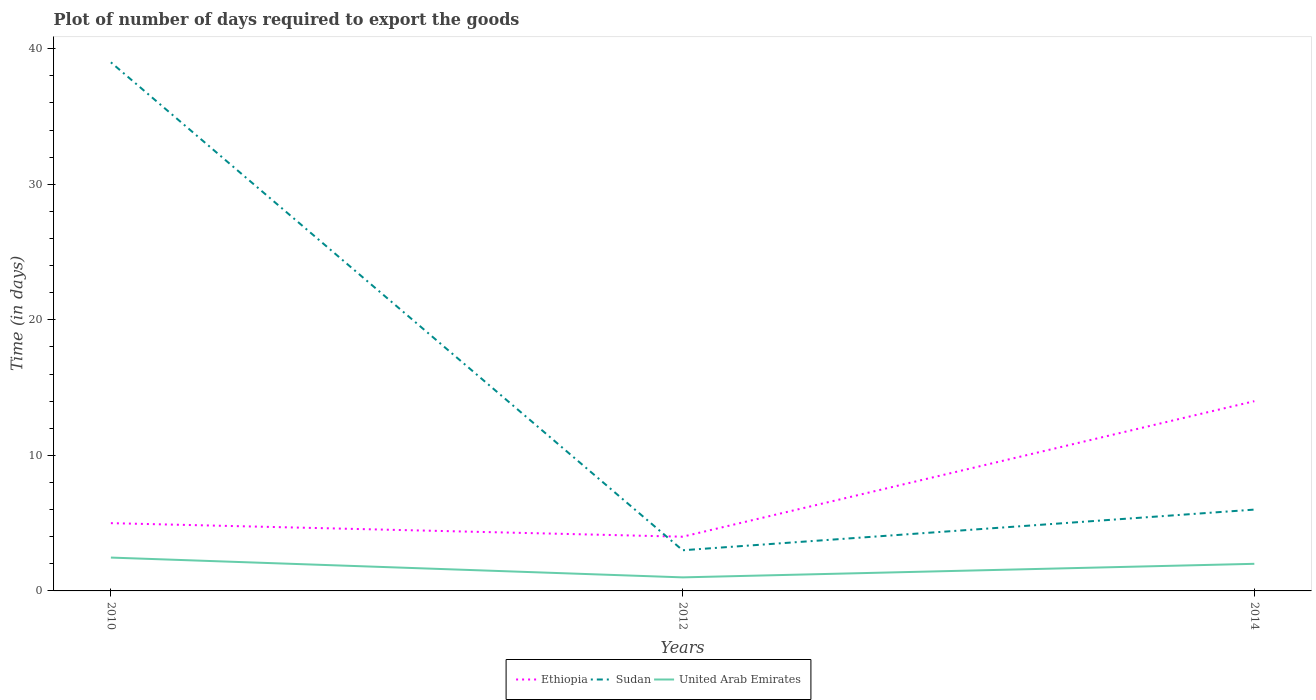
| Years | Ethiopia | Sudan | United Arab Emirates |
 | --- | --- | --- | --- |
 | 2010 | 5 | 39 | 2.46 |
 | 2012 | 4 | 3 | 1 |
 | 2014 | 14 | 6 | 2 |